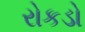
રોકડો